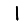
Digit: 1